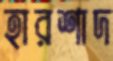
হারশাদ